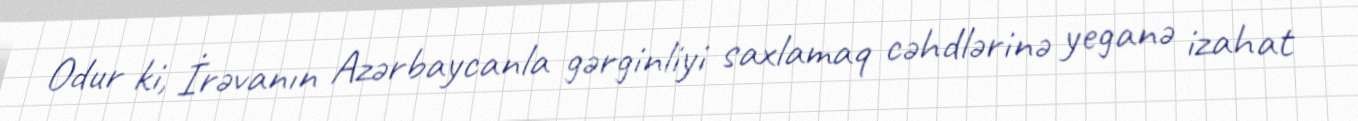
Odur ki, İrəvanın Azərbaycanla gərginliyi saxlamaq cəhdlərinə yeganə izahat